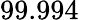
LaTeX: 99.994\